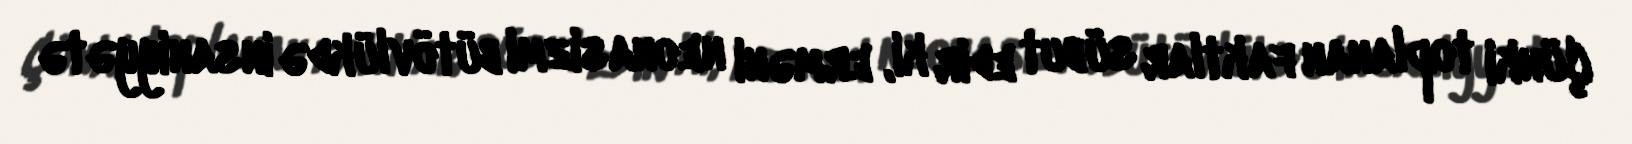
Çünki toplanan faktlar sübut edir ki, erməni neonasizmi bütövlükdə insaniyyətə